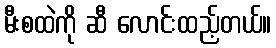
မီးစထဲကို ဆီ လောင်းထည့်တယ်။